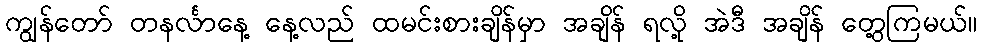
ကျွန်တော် တနင်္လာနေ့ နေ့လည် ထမင်းစားချိန်မှာ အချိန် ရလို့ အဲဒီ အချိန် တွေ့ကြမယ်။